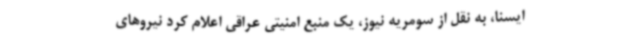
ایسنا، به نقل از سومریه نیوز، یک منبع امنیتی عراقی اعلام کرد نیروهای